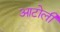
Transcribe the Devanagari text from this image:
आटोली